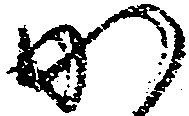
か